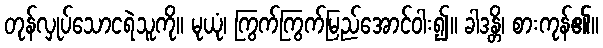
တုန်လှုပ်သောငရဲသူကို။ မုယုံ၊ ကြွက်ကြွက်မြည်အောင်ဝါး၍။ ခါဒန္တိ၊ စားကုန်၏။